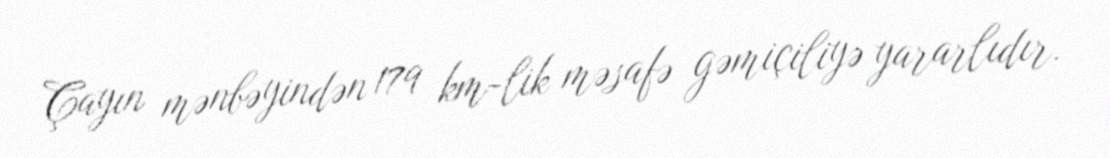
Çayın mənbəyindən 179 km-lik məsafə gəmiçiliyə yararlıdır.